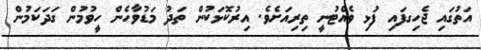
އަތުގައި ޖެހިގފައި ފުަޅި ވެއްޓުނީ ތިރިއަށެވެ. އިރުކޮޅަކުން ތަދު މަޑުވާހެން ހީވުމުން ގަދަކަމުން